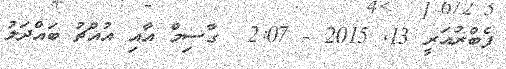
ފެބްރުއަރީ 13